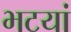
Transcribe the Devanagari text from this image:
भटयां